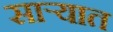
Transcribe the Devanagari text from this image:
साऱ्यात